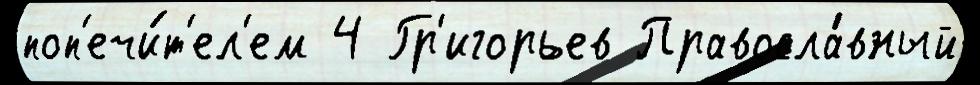
поп'ечи́т'ел'ем 4 Гр'игорьев Правосла́вный